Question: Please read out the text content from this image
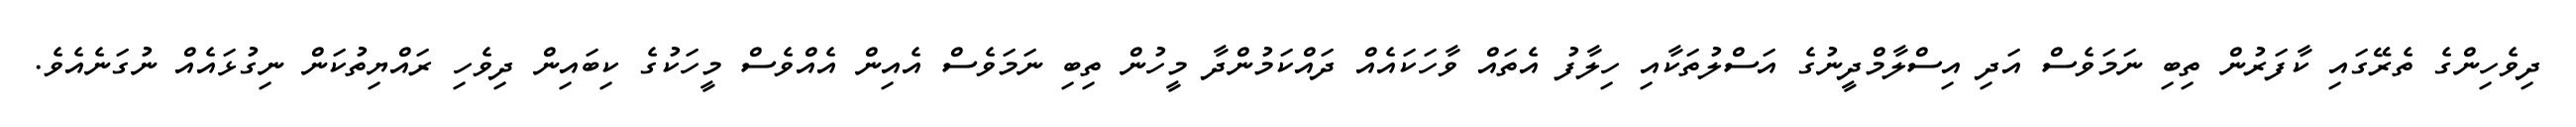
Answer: ދިވެހިންގެ ތެރޭގައި ކާފަރުން ތިބި ނަމަވެސް އަދި އިސްލާމްދީނުގެ އަސްލުތަކާއި ހިލާފު އެތައް ވާހަކައެއް ދައްކަމުންދާ މީހުން ތިބި ނަމަވެސް އެއިން އެއްވެސް މީހަކުގެ ކިބައިން ދިވެހި ރައްޔިތުކަން ނިގުޅައެއް ނުގަނެއެވެ.